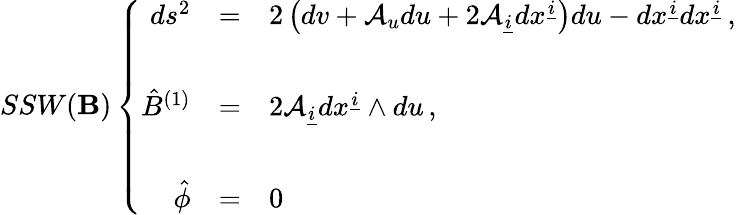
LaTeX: SSW(\mathbf{B})\left\{ \begin{array}{rcl}{{ds^{2}}}&{{=}}&{{2\left(dv+{\cal A}_{u}du+2{\cal A}_{\underline{{{i}}}}dx^{\underline{{{i}}}}\right)du-dx^{\underline{{{i}}}}dx^{\underline{{{i}}}}\, ,}}\\ {{}}&{{}}&{{}}\\ {{\hat{B}^{(1)}}}&{{=}}&{{2{\cal A}_{\underline{{{i}}}}dx^{\underline{{{i}}}}\wedge du\, ,}}\\ {{}}&{{}}&{{}}\\ {{\hat{\phi}}}&{{=}}&{{0\, }}\end{array}\right.